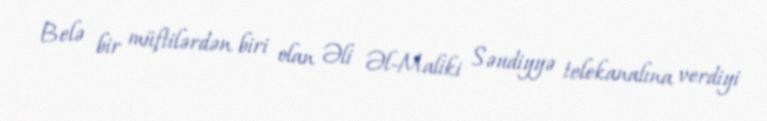
Belə bir müftilərdən biri olan Əli Əl-Maliki Səudiyyə telekanalına verdiyi